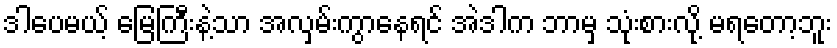
ဒါပေမယ့် မြေကြီးနဲ့သာ အလှမ်းကွာနေရင် အဲဒါက ဘာမှ သုံးစားလို့ မရတော့ဘူး